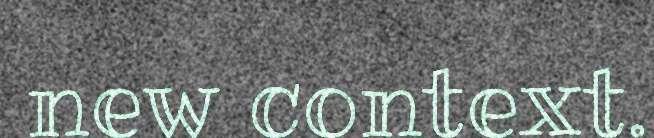
new context.